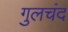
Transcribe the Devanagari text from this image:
गुलचंद